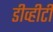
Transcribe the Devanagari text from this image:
डीव्हीटी